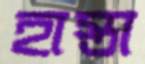
হাস্তা